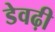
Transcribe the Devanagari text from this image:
डेवढ़ी